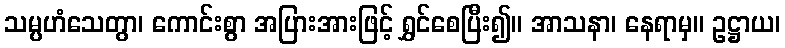
သမ္ပဟံသေတွာ၊ ကောင်းစွာ အပြားအားဖြင့် ရွှင်စေပြီး၍။ အာသနာ၊ နေရာမှ။ ဥဋ္ဌာယ၊